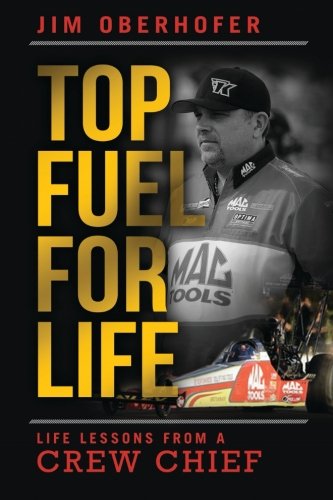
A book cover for Top Fuel For Life: Life Lessons From A Crew Chief; Jim Oberhofer; Self-Help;